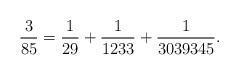
LaTeX: \begin{align*}\frac{3}{85} = \frac{1}{29} + \frac{1}{1233} + \frac{1}{3039345}.\end{align*}